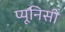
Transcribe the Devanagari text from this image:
प्यूनिसी